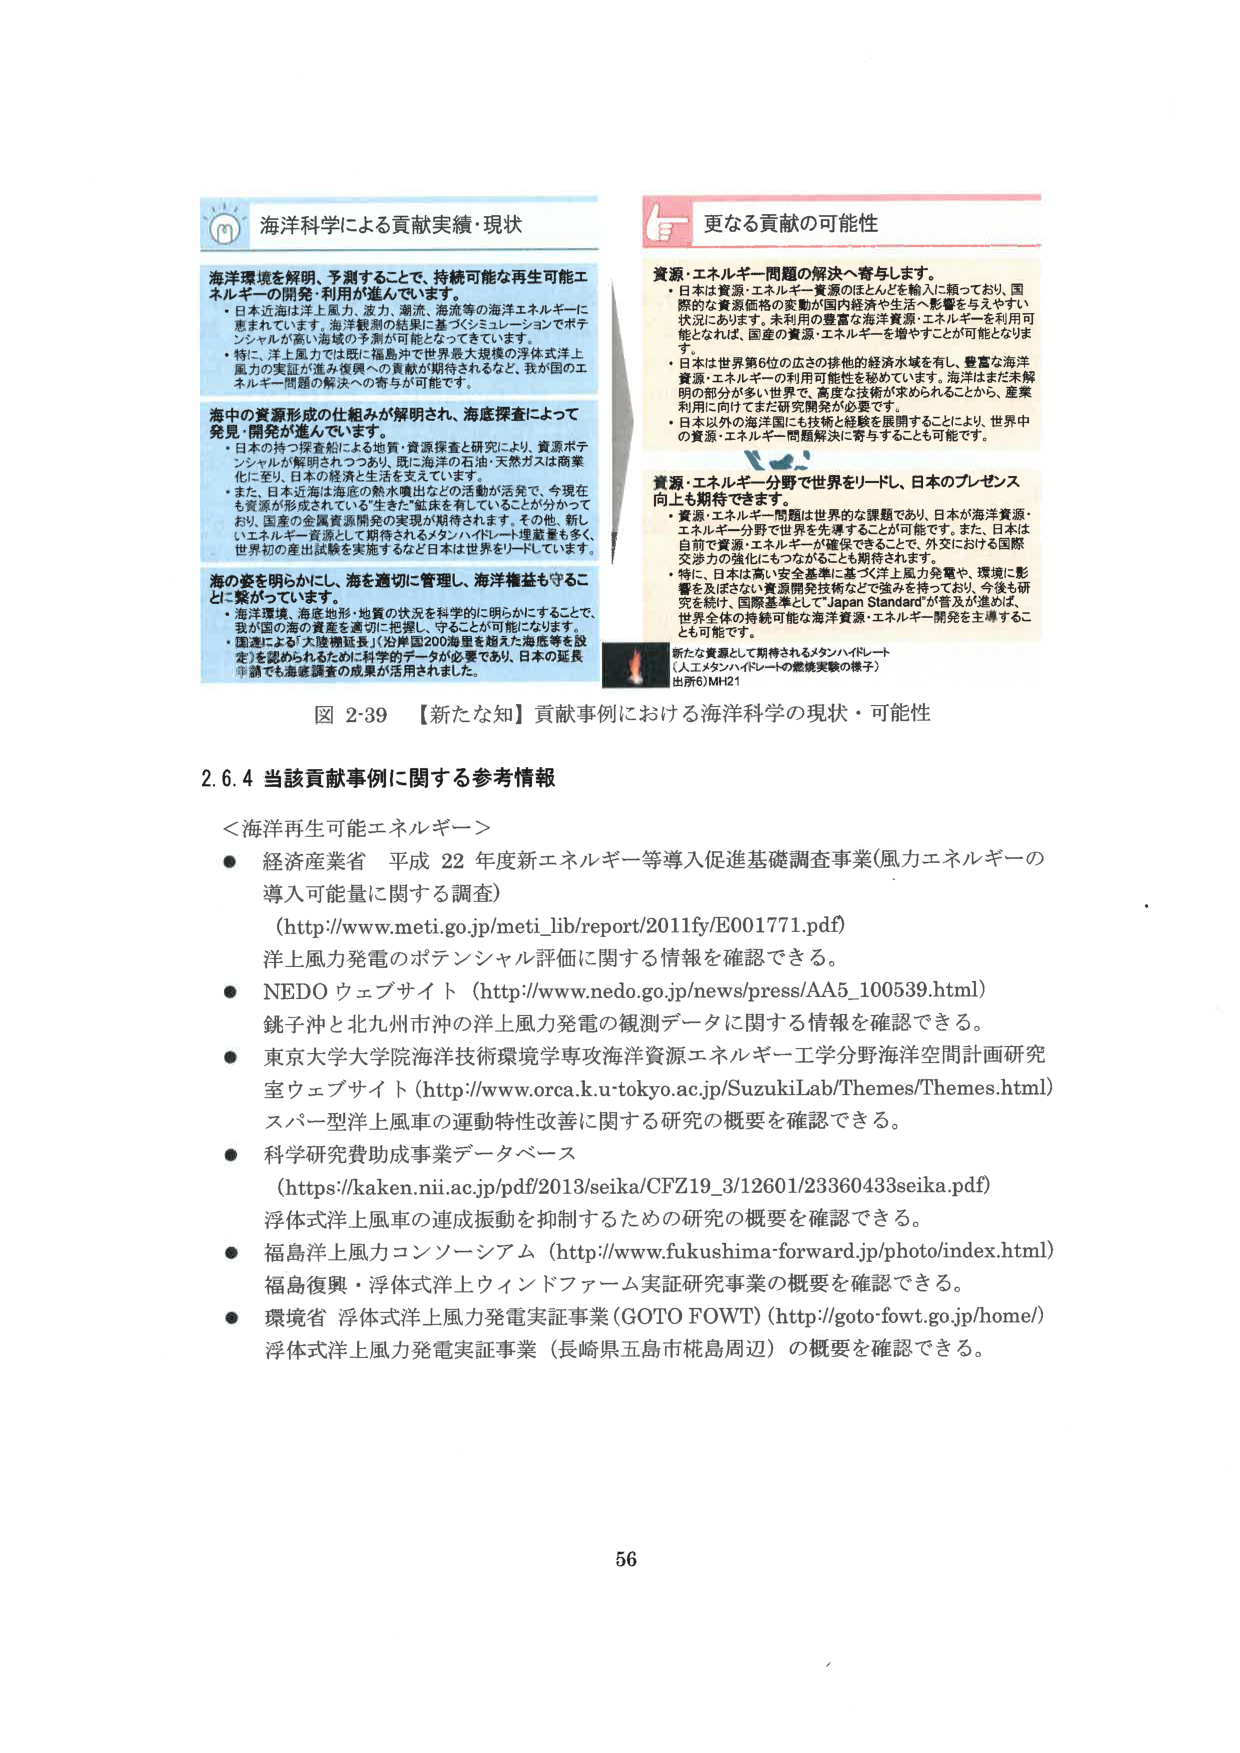
図 2-39 【新たな知】貢献事例における海洋科学の現状・可能性

2.6.4 当該貢献事例に関する参考情報

＜海洋再生可能エネルギー＞
● 経済産業省 平成22年度新エネルギー等導入促進基礎調査事業（風力エネルギーの導入可能量に関する調査）
（http://www.meti.go.jp/meti_lib/report/2011fy/E001771.pdf）
洋上風力発電のポテンシャル評価に関する情報を確認できる。

● NEDO ウェブサイト（http://www.nedo.go.jp/news/press/AA5_100539.html）
銚子沖と北九州市沖の洋上風力発電の観測データに関する情報を確認できる。

● 東京大学大学院海洋技術環境学専攻海洋資源エネルギー工学分野海洋空間計画研究室ウェブサイト（http://www.orca.k.u-tokyo.ac.jp/SuzukiLab/Themes/Themes.html）
スパー型洋上風車の運動特性改善に関する研究の概要を確認できる。

● 科学研究費助成事業データベース
（https://kaken.nii.ac.jp/pdf/2013/seika/CFZ19_3/12601/23360433seika.pdf）
浮体式洋上風車の連成振動を抑制するための研究の概要を確認できる。

● 福島洋上風力コンソーシアム（http://www.fukushima-forward.jp/photo/index.html）
福島復興・浮体式洋上ウィンドファーム実証研究事業の概要を確認できる。

● 環境省 浮体式洋上風力発電実証事業（GOTO FOWT）（http://goto-fowt.go.jp/home/）
浮体式洋上風力発電実証事業（長崎県五島市桃島周辺）の概要を確認できる。

海洋科学による貢献実績・現状

海洋環境を解明、予測することで、持続可能な再生可能エネルギーの開発・利用が進んでいます。
・日本近海は洋上風力、波力、潮力、海流等の海洋エネルギーに恵まれています。海洋観測の結果に基づくシミュレーションでポテンシャルが高い海域の予測が可能となっています。
・特に、洋上風力では既に福島沖で世界最大規模の浮体式洋上風力の実証が進み復興への貢献が期待されるなど、我が国のエネルギー問題の解決への寄与が可能です。

海中の資源形成の仕組みが解明され、海底探査によって発見・開発が進んでいます。
・日本の持つ探査船による地質・資源探査と研究により、資源ポテンシャルが解明されており、既に海洋の石油・天然ガスは商業化に至り、日本の経済と生活を支えています。
・また、日本近海は海底の熱水噴出などの活動が活発で、今現在も資源が形成されている“生きだ”鉱床を有していることが分かっており、国産の金属資源開発の実現が期待されます。その他、新しいエネルギー資源として期待されるメタンハイドレート埋蔵量も多く、世界初の産出試験を実施するなど日本は世界をリードしています。

海の姿を明らかにし、海を適切に管理し、海洋権益を守ることに繋がっています。
・海洋環境、海底地形・地質の状況を科学的に明らかにすることで、我が国の海の資産を適切に把握し、守ることが可能になります。
・国連による「大陸棚延長」（沿岸国200海里を超えた海底等を設定）を認められるために科学的データが必要であり、日本の延長申請でも海底調査の成果が活用されました。

更なる貢献の可能性

資源・エネルギー問題の解決へ寄与します。
・日本は資源・エネルギー資源のほとんどを輸入に頼っており、国際的な資源価格の変動が国内経済や生活へ影響を与えるやすい状況にあります。未利用の豊富な海洋資源・エネルギーを利用可能となれば、国産の資源・エネルギーを増やすことが可能となります。
・日本は世界第6位の広さの排他的経済水域を有し、豊富な海洋資源・エネルギーの利用可能性を秘めています。海洋はまだ未解明の部分が多いため、高度な技術が求められることから、産業利用に向けてまだ研究開発が必要です。
・日本以外の海洋国にも技術と経験を展開することにより、世界中の資源・エネルギー問題解決に寄与することも可能です。

資源・エネルギー分野で世界をリードし、日本のプレゼンス向上も期待できます。
・資源・エネルギー問題は世界的な課題であり、日本が海洋資源・エネルギー分野で世界を先導することが可能です。また、日本は目前で資源・エネルギーが確保できることで、外交における国際交渉力の強化にもつながることも期待されます。
・特に、日本は高い安全基準に基づく洋上風力発電や、環境に影響を及ぼさない資源開発技術などに強みを持っており、今後も研究を続け、国際基準として「Japan Standard」が普及が進めば、世界全体の持続可能な海洋資源・エネルギー開発を主導することも可能です。

新たな資源として期待されるメタンハイドレート
（人工メタンハイドレートの燃焼実験の様子）
出所6）MH21

56